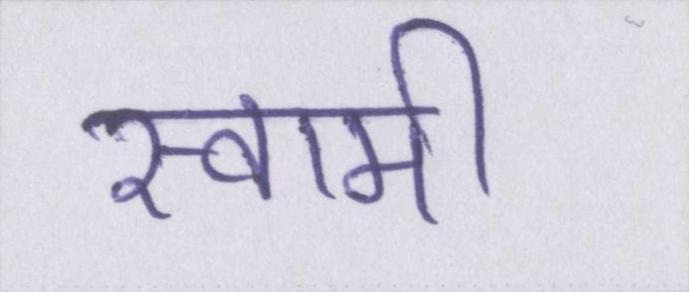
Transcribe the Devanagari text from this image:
स्वामी